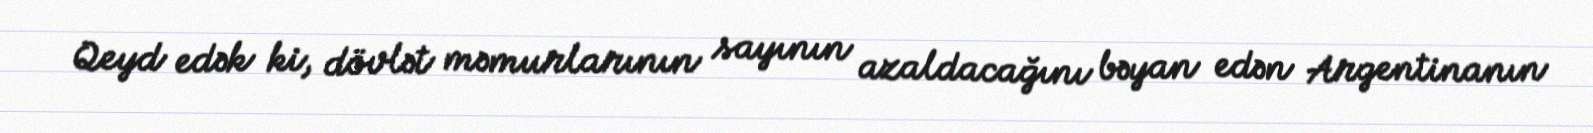
Qeyd edək ki, dövlət məmurlarının sayının azaldacağını bəyan edən Argentinanın